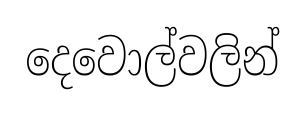
දෙවොල්වලින්